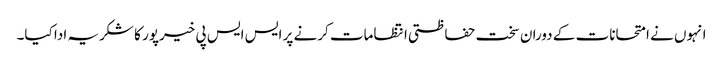
انہوں نے امتحانات کے دوران سخت حفاظتی انتظامات کرنے پر ایس ایس پی خیرپور کا شکریہ ادا کیا۔